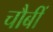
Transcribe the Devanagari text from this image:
चौबीं